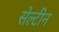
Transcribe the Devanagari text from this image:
सेल्टीन